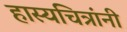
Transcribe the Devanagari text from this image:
हास्यचित्रांनी